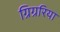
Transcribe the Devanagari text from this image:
ग्रिग्ररिया